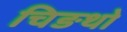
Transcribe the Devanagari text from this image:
चिङथो